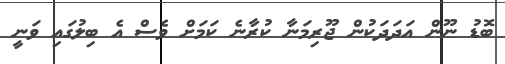
ބޮޑު ނޫން އަދަދަކުން ޖޫރިމަނާ ކުރާނެ ކަމަށް ވެސް އެ ބިލުގައި ވަނީ